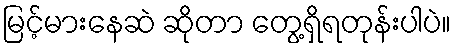
မြင့်မားနေဆဲ ဆိုတာ တွေ့ရှိရတုန်းပါပဲ။